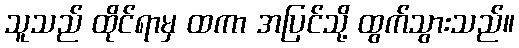
သူသည် ထိုင်ရာမှ ထကာ အပြင်သို့ ထွက်သွားသည်။